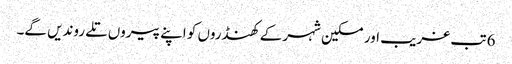
6 تب غریب اور مسکین شہر کے کھنڈروں کو اپنے پیروں تلے روندیں گے۔